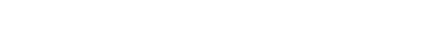
ကမ္မဝါစာ၏အတွင်း၌။ အက္ခရဿဝါ၊ အက္ခရာကိုသော်၎င်း။ ပဒဿဝါ၊ ပုဒ်ကိုသော်၎င်း။